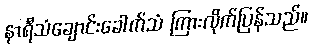
နာရီသံချောင်းခေါက်သံ ကြားလိုက်ပြန်သည်။